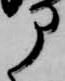
部